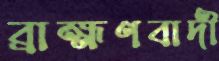
ব্রাহ্মণবাদী